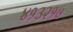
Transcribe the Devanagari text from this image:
४१३२१७